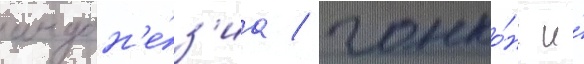
индон'е́з'иа / гонко́нг и́